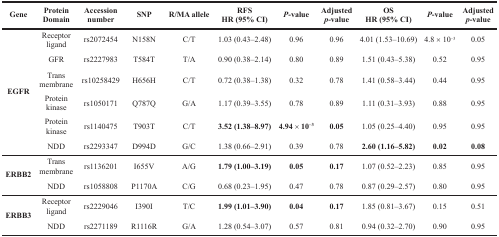
<table><thead><tr><td><b>Gene</b></td><td><b>Protein Domain</b></td><td><b>Accession number</b></td><td><b>SNP</b></td><td><b>R/MA allele</b></td><td><b>RFS HR (95% CI)</b></td><td><b><i>P</i>-value</b></td><td><b>Adjusted <i>p</i>-value</b></td><td><b>OS HR (95% CI)</b></td><td><b><i>P</i>-value</b></td><td><b>Adjusted <i>p</i>-value</b></td></tr></thead><tbody><tr><td rowspan="6"><b>EGFR</b></td><td>Receptor ligand</td><td>rs2072454</td><td>N158N</td><td>C/T</td><td>1.03 (0.43–2.48)</td><td>0.96</td><td>0.96</td><td>4.01 (1.53–10.69)</td><td>4.8 × 10<sup>−3</sup></td><td>0.05</td></tr><tr><td>GFR</td><td>rs2227983</td><td>T584T</td><td>T/A</td><td>0.90 (0.38–2.14)</td><td>0.80</td><td>0.89</td><td>1.51 (0.43–5.38)</td><td>0.52</td><td>0.95</td></tr><tr><td>Trans membrane</td><td>rs10258429</td><td>H656H</td><td>C/T</td><td>0.72 (0.38–1.38)</td><td>0.32</td><td>0.78</td><td>1.41 (0.58–3.44)</td><td>0.44</td><td>0.95</td></tr><tr><td>Protein kinase</td><td>rs1050171</td><td>Q787Q</td><td>G/A</td><td>1.17 (0.39–3.55)</td><td>0.78</td><td>0.89</td><td>1.11 (0.31–3.93)</td><td>0.88</td><td>0.95</td></tr><tr><td>Protein kinase</td><td>rs1140475</td><td>T903T</td><td>C/T</td><td><b>3.52 (1.38–8.97)</b></td><td><b>4.94</b> × <b>10<sup>−3</sup></b></td><td><b>0.05</b></td><td>1.05 (0.25–4.40)</td><td>0.95</td><td>0.95</td></tr><tr><td>NDD</td><td>rs2293347</td><td>D994D</td><td>G/C</td><td>1.38 (0.66–2.91)</td><td>0.39</td><td>0.78</td><td><b>2.60 (1.16–5.82)</b></td><td><b>0.02</b></td><td><b>0.08</b></td></tr><tr><td rowspan="2"><b>ERBB2</b></td><td>Trans membrane</td><td>rs1136201</td><td>I655V</td><td>A/G</td><td><b>1.79 (1.00–3.19)</b></td><td><b>0.05</b></td><td><b>0.17</b></td><td>1.07 (0.52–2.23)</td><td>0.85</td><td>0.95</td></tr><tr><td>NDD</td><td>rs1058808</td><td>P1170A</td><td>C/G</td><td>0.68 (0.23–1.95)</td><td>0.47</td><td>0.78</td><td>0.87 (0.29–2.57)</td><td>0.80</td><td>0.95</td></tr><tr><td rowspan="2"><b>ERBB3</b></td><td>Receptor ligand</td><td>rs2229046</td><td>I390I</td><td>T/C</td><td><b>1.99 (1.01–3.90)</b></td><td><b>0.04</b></td><td><b>0.17</b></td><td>1.85 (0.81–3.67)</td><td>0.15</td><td>0.51</td></tr><tr><td>NDD</td><td>rs2271189</td><td>R1116R</td><td>G/A</td><td>1.28 (0.54–3.07)</td><td>0.57</td><td>0.81</td><td>0.94 (0.32–2.70)</td><td>0.90</td><td>0.95</td></tr></tbody></table>